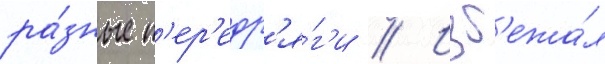
ра́зные п'ер'едр'я́г'и // Изб'ежа́л